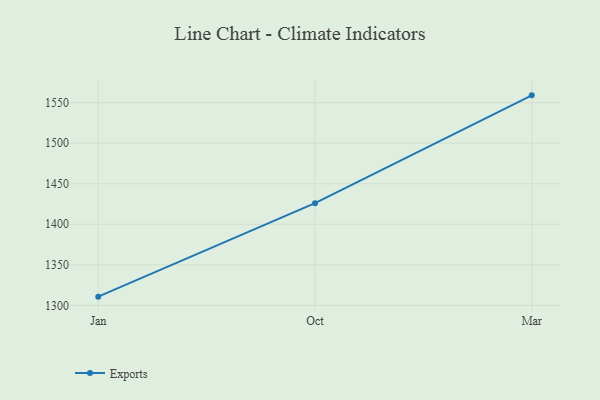
{"axis": {"x": "Month", "y": "Latency (ms)"}, "legend": ["Exports"], "data": [{"x": "Jan", "y": 1310.7, "type": "Exports"}, {"x": "Oct", "y": 1426.0, "type": "Exports"}, {"x": "Mar", "y": 1559.1, "type": "Exports"}]}